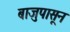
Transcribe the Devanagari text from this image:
बाजुपासून